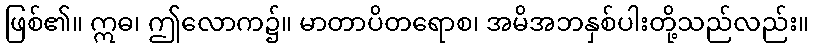
ဖြစ်၏။ ဣဓ၊ ဤလောက၌။ မာတာပိတရောစ၊ အမိအဘနှစ်ပါးတို့သည်လည်း။